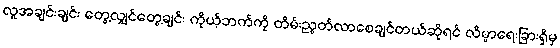
လူအချင်းချင်း တွေ့လျှင်တွေ့ချင်း ကိုယ့်ဘက်ကို တိမ်းညွတ်လာစေချင်တယ်ဆိုရင် လိမ္မာရေးခြားရှိမှ